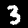
Digit: 3